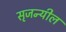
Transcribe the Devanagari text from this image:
सृजन्यील